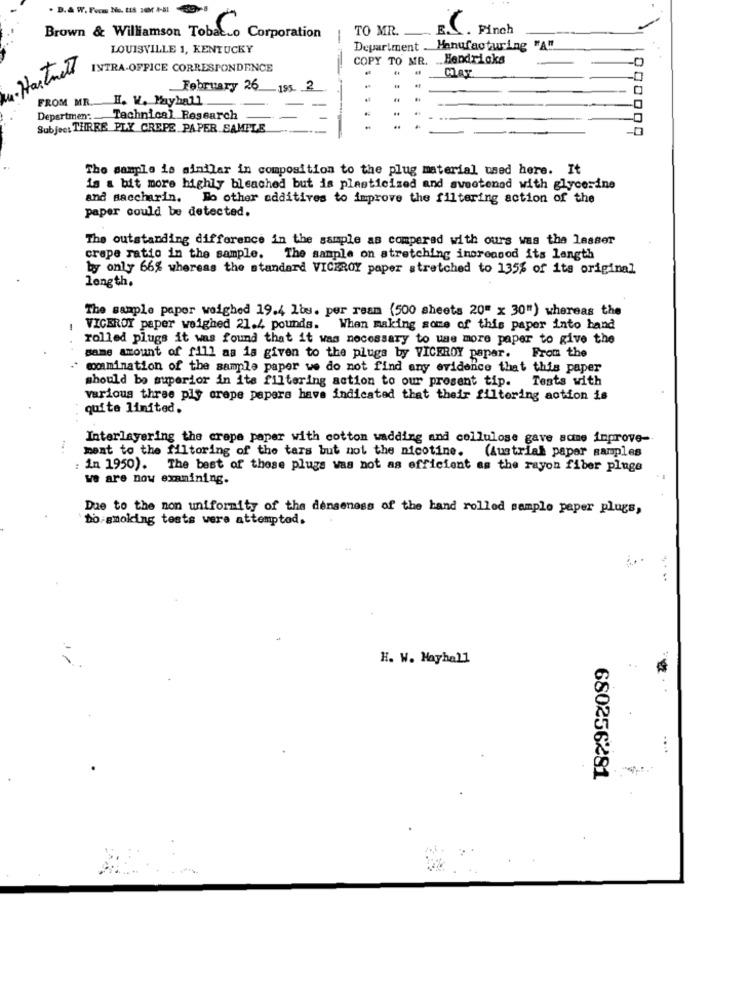
TO MR.
E. C. Finch
Brown & Williamson Tobacco Corporation
LOUISVILLE 1, KENTUCKY
Department . Manufacturing "A"!
COPY TO MR.
Hendricks
0
·Hartnett
INTRA-OFFICE CORRESPONDENCE
February 26
-195
FROM MR
H. W. Payball
Departmen:
Technical Research
Subject THREE PLY CREPE PAPER SAMPLE
The sample is similar in composition to the plug material used here. It
is a bit more highly bleached but is plasticized and sweetened with glycerine
and saccharin. To other additives to improve the filtering action of the
paper could be detected.
The outstanding difference in the sample as compared with ours was the lesser
crepe ratio in the sample.
The sample on stretching inoreosod its length
by only 66% whereas the standard VICEROY paper stretched to 135% of its original
length.
The sample paper weighed 19.4 lbs. per ream (500 sheets 20" x 30") whereas the
1
VICEROY paper weighed 21.4 pounds. When making some of this paper into hand
rolled plugs it was found that it was necessary to use more paper to give the
same amount of fill aa is given to the plugs by VICEROY papar. From the
. commination of the sample paper we do not find any evidence that this paper
should be superior in its filtering action to our prosent tip. Tests with
various three ply crepe papers have indicated that their filtering aotion is
quite limited.
Interlayering the crepe paper with cotton wadding and cellulose gave same improve-
ment to the filtoring of the tars but not the nicotine. (Austriak paper samples
in 1950). The best of these plugs was not as efficient as the rayon fiber pluge
we are now examining.
Due to the non uniformity of the denseness of the hand rolled sample paper plugs,
`bo smoking tests were attempted.
H. W. Mayhall
680256281